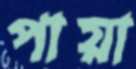
পায়া